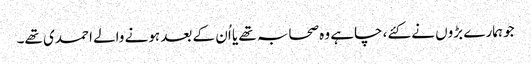
جو ہمارے بڑوں نے کئے، چاہے وہ صحابہ تھے یا اُن کے بعد ہونے والے احمدی تھے۔